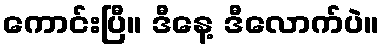
ကောင်းပြီ။ ဒီနေ့ ဒီလောက်ပဲ။